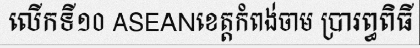
លើកទី១០ ASEANខេត្តកំពង់ចាម ប្រារព្ធពិធី